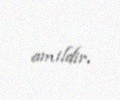
amildir.